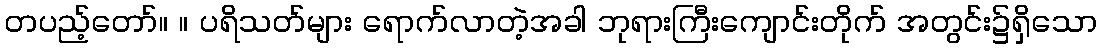
တပည့်တော်။ ။ ပရိသတ်များ ရောက်လာတဲ့အခါ ဘုရားကြီးကျောင်းတိုက် အတွင်း၌ရှိသော